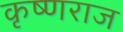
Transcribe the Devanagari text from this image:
कृष्‍णराज